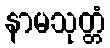
နာမသုတ္တံ